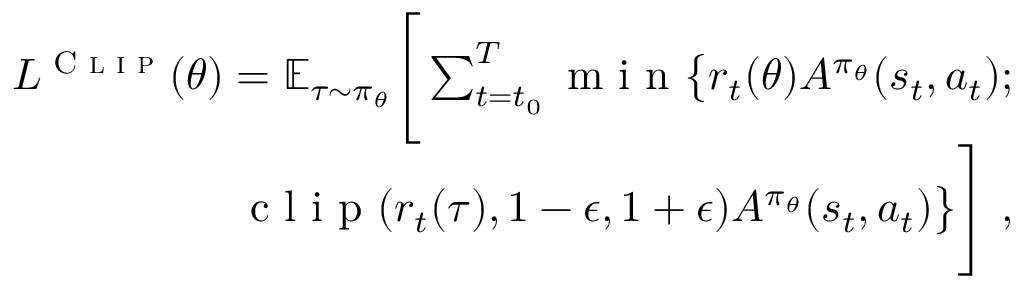
\begin{array} { r } { L ^ { \textsc { C l i p } } ( \theta ) = \mathbb { E } _ { \tau \sim \pi _ { \theta } } \Bigg [ \sum _ { { t = t _ { 0 } } } ^ { T } \mathrm { ~ m ~ i ~ n ~ } \big \lbrace r _ { t } ( \theta ) A ^ { \pi _ { \theta } } ( s _ { t } , a _ { t } ) ; } \\ { \mathrm { ~ c ~ l ~ i ~ p ~ } ( r _ { t } ( \tau ) , 1 - \epsilon , 1 + \epsilon ) A ^ { \pi _ { \theta } } ( s _ { t } , a _ { t } ) \big \rbrace \Bigg ] ~ , } \end{array}